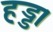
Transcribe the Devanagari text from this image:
हड्ड।